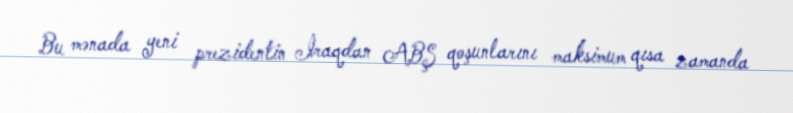
Bu mənada yeni prezidentin İraqdan ABŞ qoşunlarını maksimum qısa zamanda